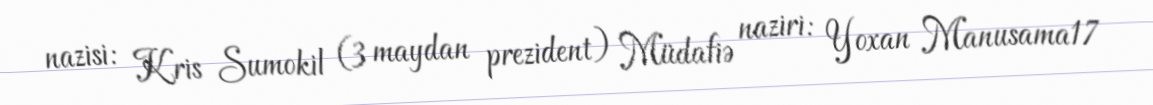
nazisi: Kris Sumokil (3 maydan prezident) Müdafiə naziri: Yoxan Manusama17